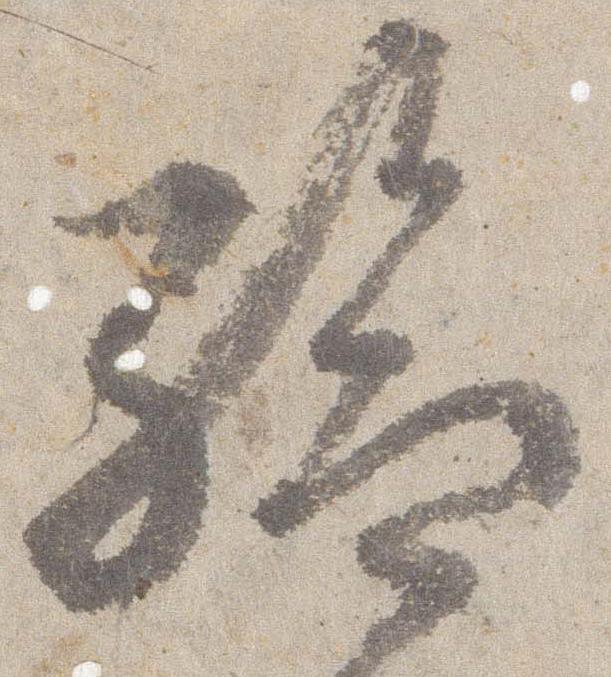
給